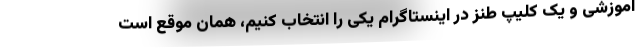
اموزشی و یک کلیپ طنز در اینستاگرام یکی را انتخاب کنیم، همان موقع است